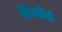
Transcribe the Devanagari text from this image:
तिन्हींही